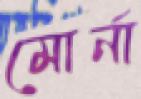
মোর্না